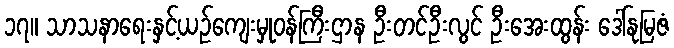
၁၇။ သာသနာရေးနှင့်ယဉ်ကျေးမှုဝန်ကြီးဌာန ဦးတင်ဦးလွင် ဦးအေးထွန်း ဒေါ်နုမြဇံ